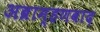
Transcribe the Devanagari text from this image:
अब्राम्हणवाद